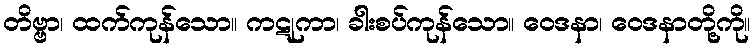
တိဗ္ဗာ၊ ထက်ကုန်သော။ ကဋုကာ၊ ခါးစပ်ကုန်သော။ ဝေဒနာ၊ ဝေဒနာတို့ကို။